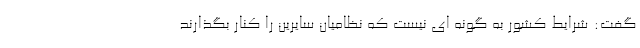
گفت: شرایط کشور به گونه ای نیست که نظامیان سایرین را کنار بگذارند